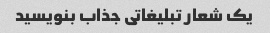
یک شعار تبلیغاتی جذاب بنویسید